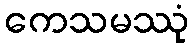
ကေသမဿုံ